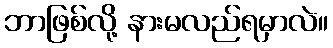
ဘာဖြစ်လို့ နားမလည်ရမှာလဲ။